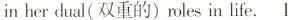
in her dual (双重的) roles in life. \underline{1}